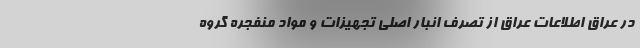
در عراق اطلاعات عراق از تصرف انبار اصلی تجهیزات و مواد منفجره گروه